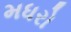
મધરો